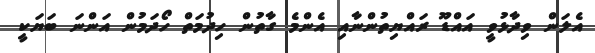
އެލަން ވިދާޅުވީ އައްޑޫ ރައްޔިތުންނާއި އެންމެ ގާތުން ހިދުމަތް ހޯދަމުން އަންނަ ބަޔަކީ